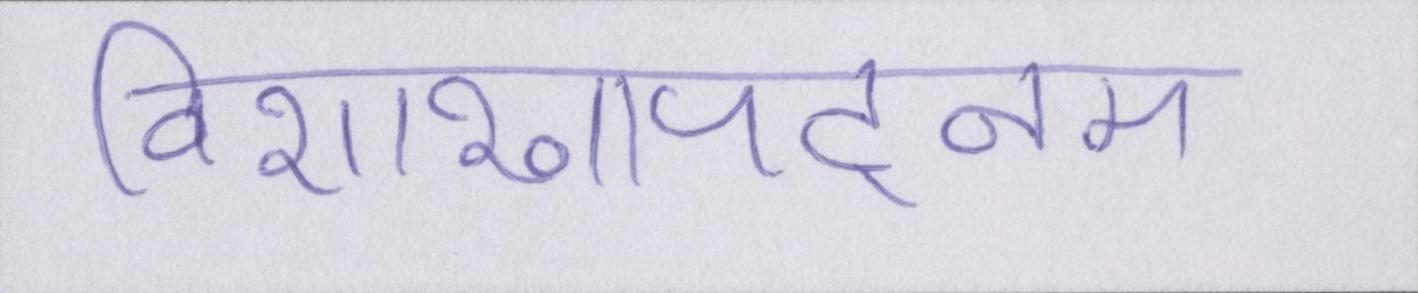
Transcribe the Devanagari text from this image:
विशाखापट्नम